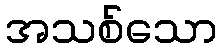
အသစ်သော